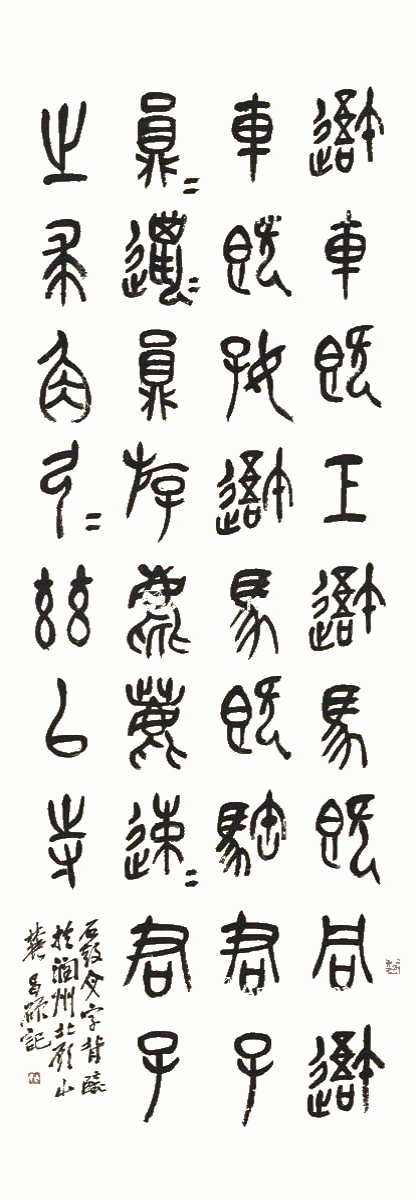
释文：吾车既工，吾马既同。吾车既好，吾马既阜。君子员猎，员猎员游。麀鹿速速，君子之求。角弓，弓兹以寺。石鼓文字，背临于润州北顾山麓。昌硕记。